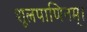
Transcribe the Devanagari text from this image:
शूलपाणिनम्।